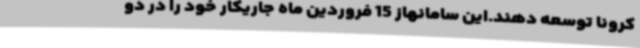
کرونا توسعه دهند.این سامانهاز 15 فروردین ماه جاریکار خود را در دو